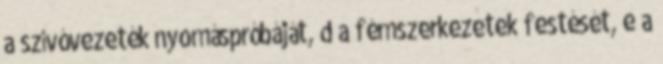
a szívóvezeték nyomáspróbáját, d a fémszerkezetek festését, e a